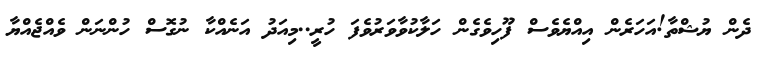
ދެން ޔުޝްތާ!އަހަރެން އިއްޔެވެސް ފޫހިވެގެން ހަލާކުވާވަރުވެފަ ހުރީ..މިއަދު އަނެއްކާ ނުގޮސް ހުންނަން ވެއްޖެއްޔާ